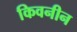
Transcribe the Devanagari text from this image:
किवनीन